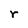
Character: r